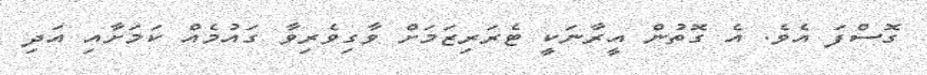
ގޮސްފަ އެވެ. އެ ގޮތުން އީރާނަކީ ޓެރަރިޒަމަށް ވާގިވެރިވާ ގައުމެއް ކަމަށާއި އަދި